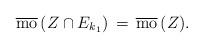
LaTeX: \begin{align*}\overline{\mathrm{mo}}\,(Z\cap E_{k_1})\,=\,\overline{\mathrm{mo}}\,(Z).\end{align*}